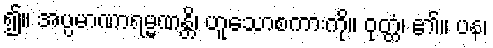
၍။ အပ္ပမာဏာရမ္မဏန္တိ၊ ဟူသောစကားကို။ ဝုတ္တံ၊ ၏။ ပန၊